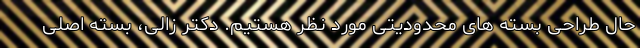
حال طراحی بسته های محدودیتی مورد نظر هستیم. دکتر زالی، بسته اصلی